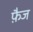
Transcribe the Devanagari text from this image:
फ़ैज